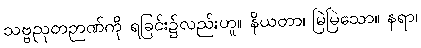
သဗ္ဗညုတဉာဏ်ကို ရခြင်း၌လည်းဟူ။ နိယတာ၊ မြဲမြဲသော။ နရာ၊